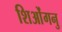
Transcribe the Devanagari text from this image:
शिओंगनु